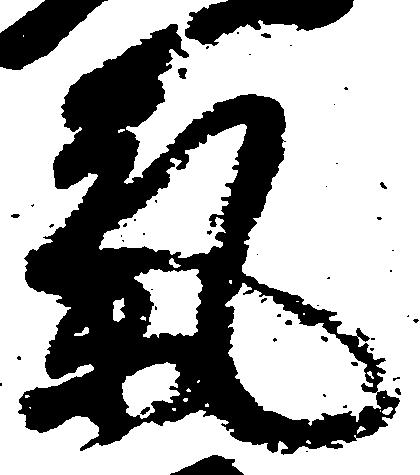
気